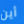
أين